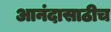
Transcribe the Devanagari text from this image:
आनंदासाठीच